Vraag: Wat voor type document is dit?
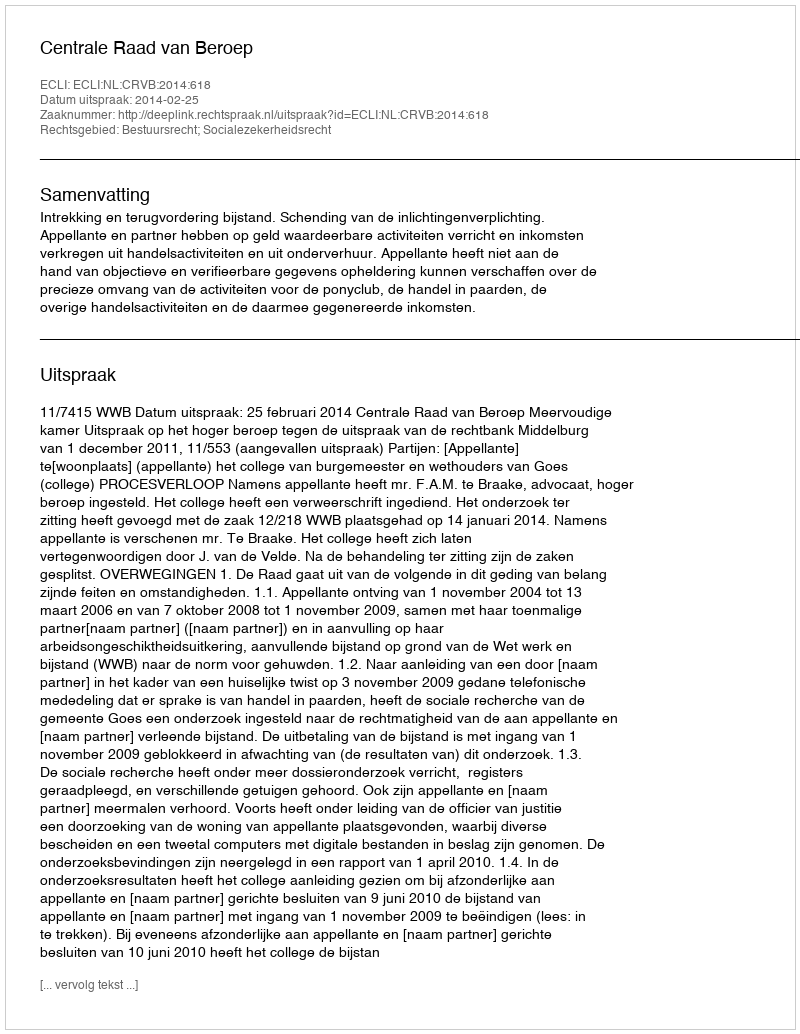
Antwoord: Uitspraak